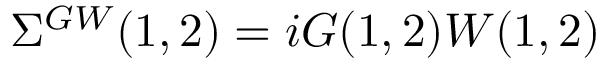
\Sigma ^ { G W } ( 1 , 2 ) = i G ( 1 , 2 ) W ( 1 , 2 )